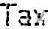
TAX